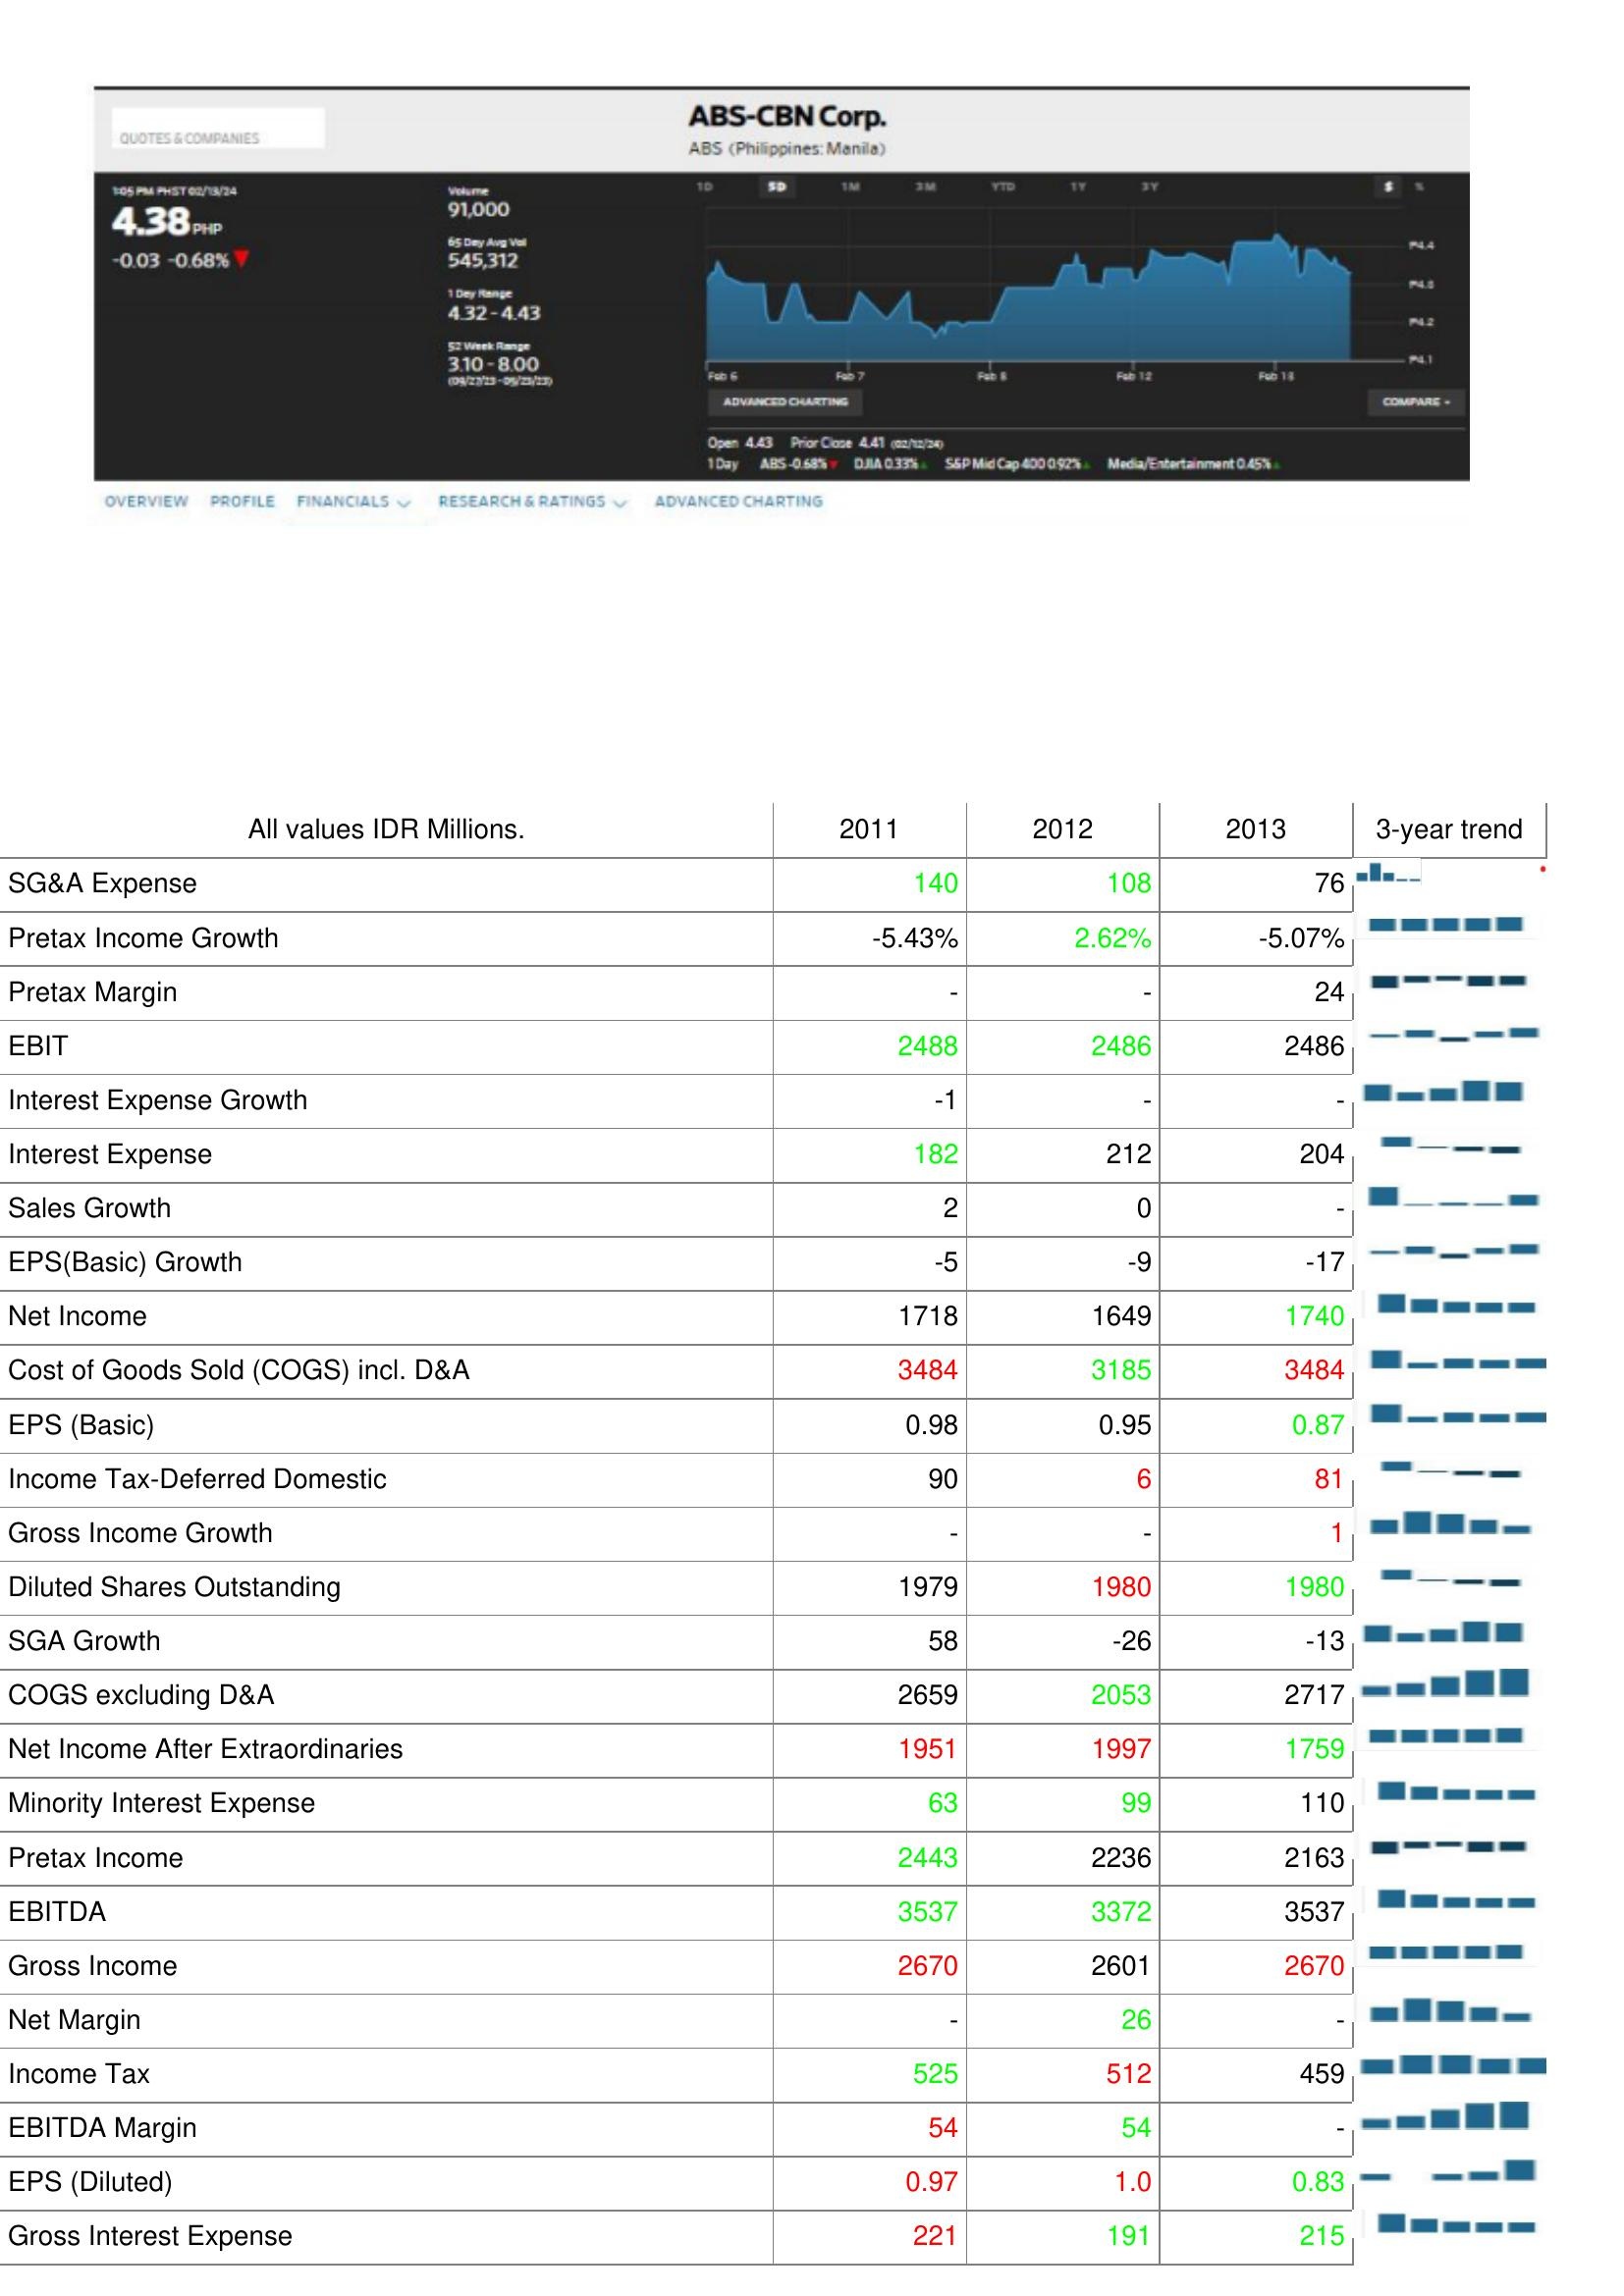
2011: : SG&A Expense: 140
Pretax Income Growth: -5.43%
Pretax Margin: -
EBIT: 2488
Interest Expense Growth: -1
Interest Expense: 182
Sales Growth: 2
EPS(Basic) Growth: -5
Net Income: 1718
Cost of Goods Sold (COGS) incl. D&A: 3484
EPS (Basic): 0.98
Income Tax-Deferred Domestic: 90
Gross Income Growth: -
Diluted Shares Outstanding: 1979
SGA Growth: 58
COGS excluding D&A: 2659
Net Income After Extraordinaries: 1951
Minority Interest Expense: 63
Pretax Income: 2443
EBITDA: 3537
Gross Income: 2670
Net Margin: -
Income Tax: 525
EBITDA Margin: 54
EPS (Diluted): 0.97
Gross Interest Expense: 221
2012: : SG&A Expense: 108
Pretax Income Growth: 2.62%
Pretax Margin: -
EBIT: 2486
Interest Expense Growth: -
Interest Expense: 212
Sales Growth: 0
EPS(Basic) Growth: -9
Net Income: 1649
Cost of Goods Sold (COGS) incl. D&A: 3185
EPS (Basic): 0.95
Income Tax-Deferred Domestic: 6
Gross Income Growth: -
Diluted Shares Outstanding: 1980
SGA Growth: -26
COGS excluding D&A: 2053
Net Income After Extraordinaries: 1997
Minority Interest Expense: 99
Pretax Income: 2236
EBITDA: 3372
Gross Income: 2601
Net Margin: 26
Income Tax: 512
EBITDA Margin: 54
EPS (Diluted): 1.0
Gross Interest Expense: 191
2013: : SG&A Expense: 76
Pretax Income Growth: -5.07%
Pretax Margin: 24
EBIT: 2486
Interest Expense Growth: -
Interest Expense: 204
Sales Growth: -
EPS(Basic) Growth: -17
Net Income: 1740
Cost of Goods Sold (COGS) incl. D&A: 3484
EPS (Basic): 0.87
Income Tax-Deferred Domestic: 81
Gross Income Growth: 1
Diluted Shares Outstanding: 1980
SGA Growth: -13
COGS excluding D&A: 2717
Net Income After Extraordinaries: 1759
Minority Interest Expense: 110
Pretax Income: 2163
EBITDA: 3537
Gross Income: 2670
Net Margin: -
Income Tax: 459
EBITDA Margin: -
EPS (Diluted): 0.83
Gross Interest Expense: 215